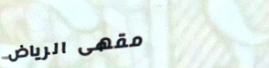
مقهى الرياض